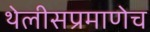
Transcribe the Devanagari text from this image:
थेलीसप्रमाणेच